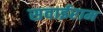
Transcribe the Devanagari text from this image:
सवाईराम